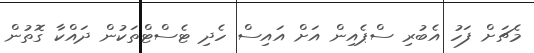
މެޗަށް ފަހު އެބުރި ސްޕެއިން އަށް އައިސް ހެދި ޓެސްޓްތަކުން ދައްކާ ގޮތުން